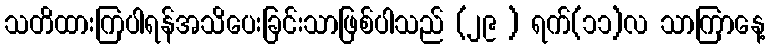
သတိထားကြပါရန်အသိပေးခြင်းသာဖြစ်ပါသည် (၂၉ ) ရက်(၁၁)လ သာကြာနေ့